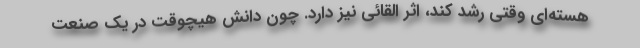
هسته‌ای وقتی رشد کند، اثر القائی نیز دارد. چون دانش هیچوقت در یک صنعت